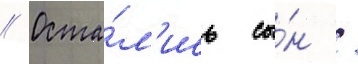
// Оста́л'ись сы́н /